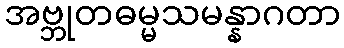
အဗ္ဘုတဓမ္မသမန္နာဂတာ